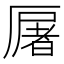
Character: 𠪡